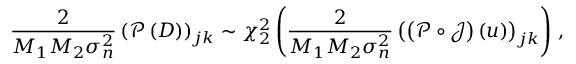
\frac { 2 } { M _ { 1 } M _ { 2 } \sigma _ { n } ^ { 2 } } \left( \boldsymbol { \mathcal { P } } \left( \boldsymbol { D } \right) \right) _ { j k } \sim \chi _ { 2 } ^ { 2 } \left( \frac { 2 } { M _ { 1 } M _ { 2 } \sigma _ { n } ^ { 2 } } \left( \left( \boldsymbol { \mathcal { P } } \circ \boldsymbol { \mathcal { J } } \right) \left( u \right) \right) _ { j k } \right) \, ,